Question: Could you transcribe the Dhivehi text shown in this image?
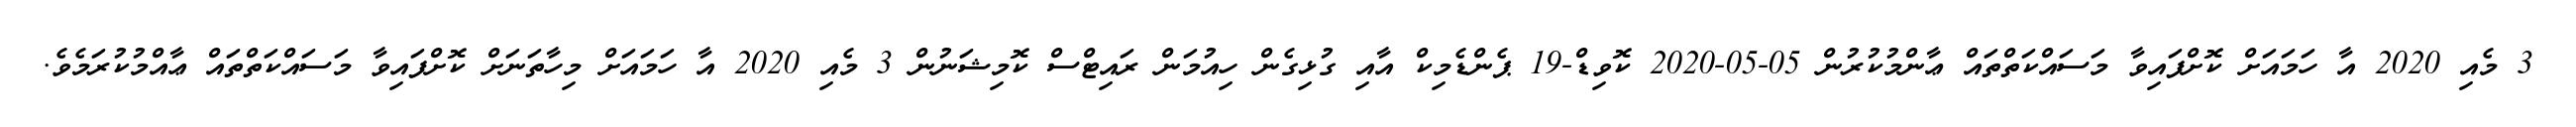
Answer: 3 މެއި 2020 އާ ހަމައަށް ކޮށްފައިވާ މަސައްކަތްތައް ޢާންމުކުރުން 05-05-2020 ކޮވިޑް-19 ޕެންޑެމިކް އާއި ގުޅިގެން ހިއުމަން ރައިޓްސް ކޮމިޝަނުން 3 މެއި 2020 އާ ހަމައަށް މިހާތަނަށް ކޮށްފައިވާ މަސައްކަތްތައް ޢާއްމުކުރަމެވެ.